Leaving Certificate Examination (including Day School Certificate (Higher) General paper), 1936
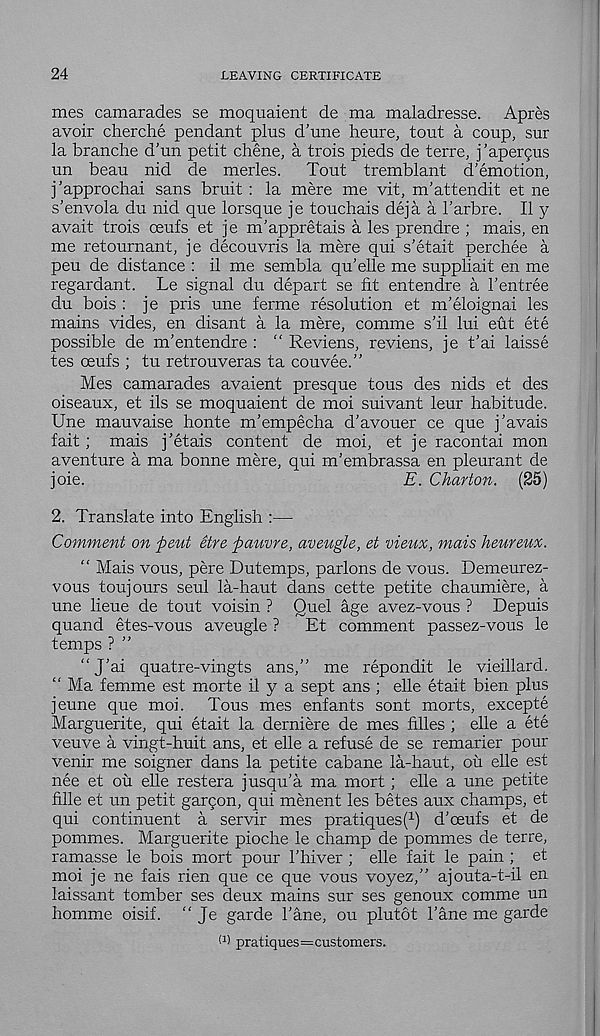
24
LEAVING CERTIFICATE
mes camarades se moquaient de ma maladresse. Apres
avoir cherche pendant plus d’une heure, tout a coup, sur
la branche d'un petit chene, a trois pieds de terre, j’apercpis
un beau nid de merles. Tout tremblant demotion,
j’approchai sans bruit : la mere me vit, m’attendit et ne
s'envola du nid que lorsque je touchais deja a Tarbre. II y
avait trois oeufs et je m'appretais a les prendre ; mais, en
me retournant, je decouvris la mere qui s'etait perchee a
peu de distance : il me sembla qu’elle me suppliait en me
regardant. Le signal du depart se fit entendre a I’entree
du bois : je pris une ferme resolution et m’eloignai les
mains vides, en disant a la mere, comme s’il lui eut ete
possible de m'entendre : “ Reviens, reviens, je t’ai laisse
tes oeufs ; tu retrouveras ta couvee.”
Mes camarades avaient presque tous des nids et des
oiseaux, et ils se moquaient de moi suivant leur habitude.
Une mauvaise honte m’empecha d'avouer ce que j’avais
fait; mais j’etais content de moi, et je racontai mon
aventure a ma bonne mere, qui m'embrassa en pleurant de
joie.
E. Charton. (25)
2. Translate into English :—
Comment on pent Stre paiivre, aveugle, et vieux, mais heureux.
“ Mais vous, pere Dutemps, parlons de vous. Demeurez-
vous toujours seul la-haut dans cette petite chaumiere, a
une lieue de tout voisin ? Quel age avez-vous ? Depuis
quand etes-vous aveugle ? Et comment passez-vous le
temps ? ”
“ J'ai quatre-vingts ans,” me repondit le vieillard,
“ Ma femme est morte il y a sept ans ; elle etait bien plus
jeune que moi. Tous mes enfants sont morts, excepte
Marguerite, qui etait la derniere de mes filles ; elle a ete
veuve a vingt-huit ans, et elle a refuse de se remarier pour
venir me soigner dans la petite cabane la-haut, ou elle est
nee et ou elle restera jusqu’a ma mort ; elle a une petite
hlle et un petit gar5on, qui menent les betes aux champs, et
qui continuent a servir mes pratiques ( 1 ) d’ceufs et de
pommes. Marguerite pioche le champ de pommes de terre,
ramasse le bois mort pour Thiver ; elle fait le pain ; et
moi je ne fais rien que ce que vous voyez,” ajouta-t-il en
laissant tomber ses deux mains sur ses genoux comme un
homme oisif. “ Je garde bane, ou plutot bane me garde
(1 > pratiques=customers.